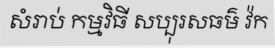
សំរាប់ កម្មវិធី សប្បុរសធម៌ វ៉ក